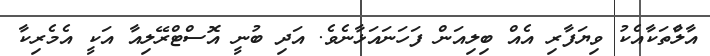
އާލާްތަކާއެކު ވިޔަފާރި އެއް ބިލިއަން ފަހަނައަޅާނެވެ. އަދި ބުނީ އޮސްޓްރޭލިއާ އަކީ އެމެރިކާ